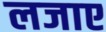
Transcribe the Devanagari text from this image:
लजाए